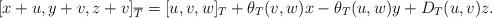
LaTeX: \begin{align*} [x+u,y+v,z+v]_{\overline{T}}=[u,v,w]_T+\theta_T(v,w)x-\theta_T(u,w)y+D_T(u,v)z. \end{align*}